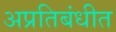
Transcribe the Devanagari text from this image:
अप्रतिबंधीत